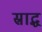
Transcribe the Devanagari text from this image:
स्राद्ध